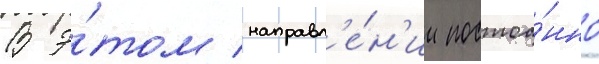
В э́том направл'е́н'ии постоа́нно